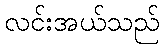
လင်းအယ်သည်